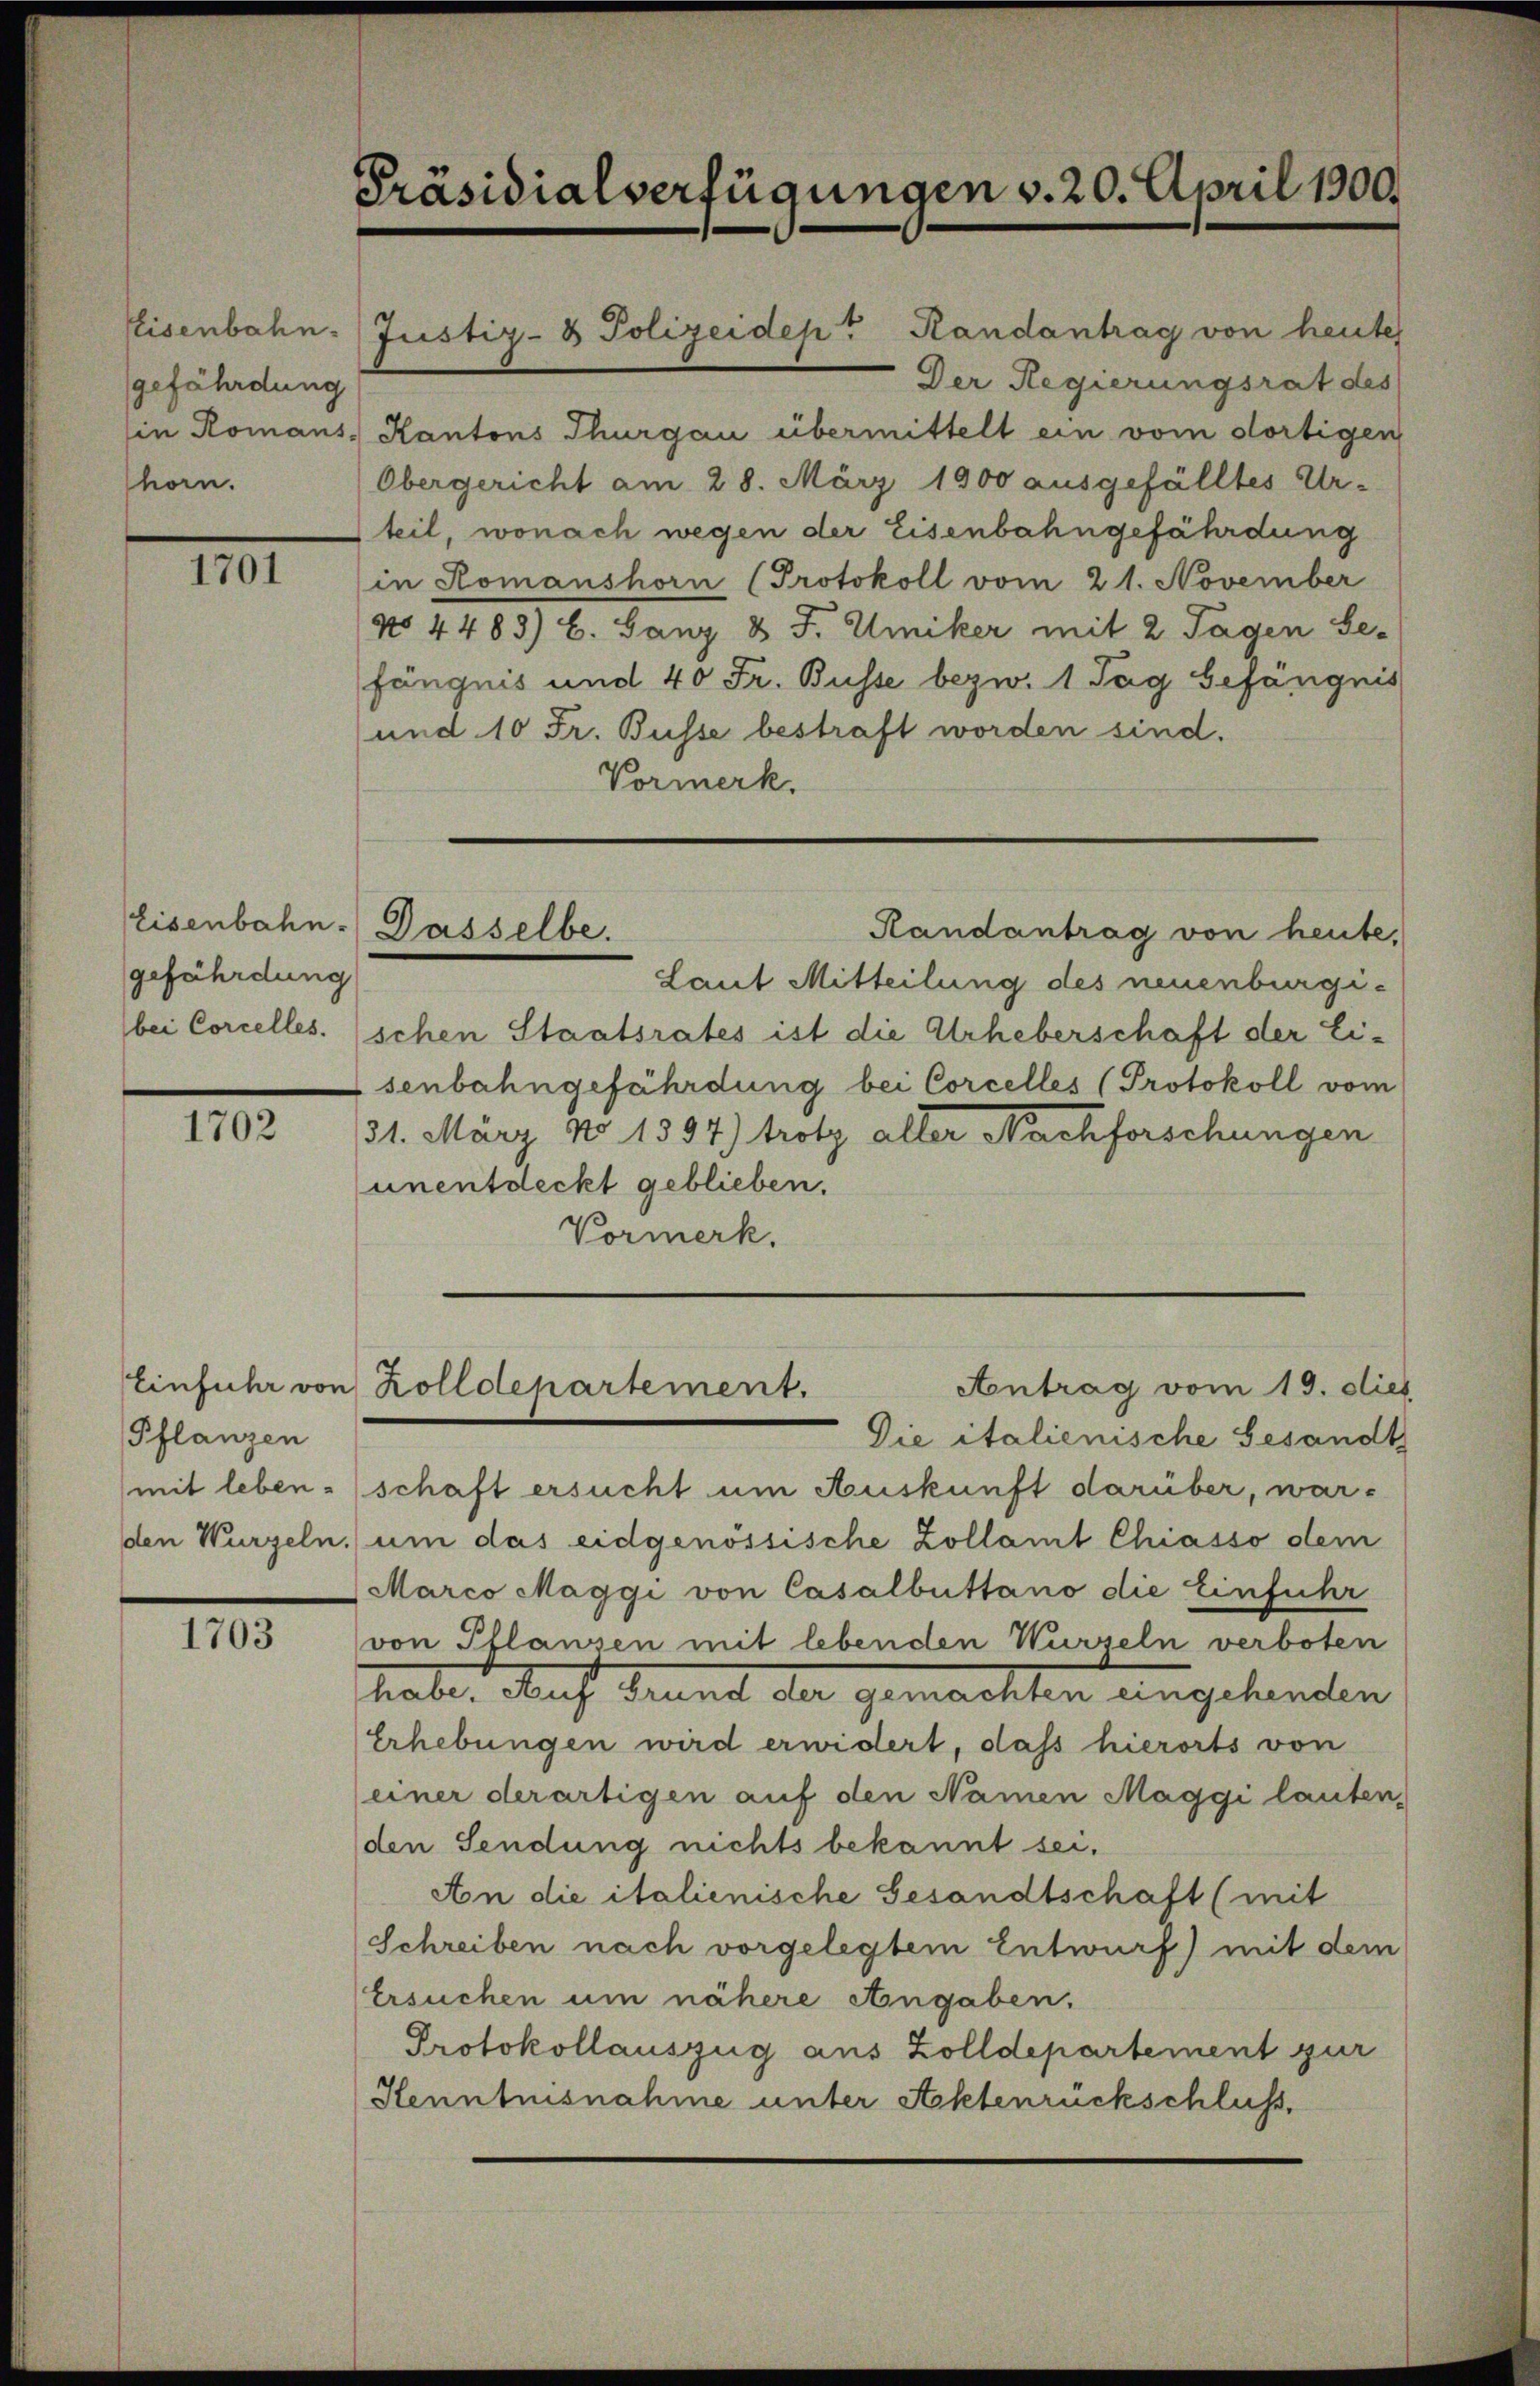
Eisenbahn.
gefährdung
horn.

III.

Eisenbahn.
gefährdung

1702

Pflanzen

1703

Präsidialverfügungen v. 20. April 1900.

Justiz- & Polizeidep" Randantrag von heute
in Romans, Kantons Thurgau übermittelt ein vom dortigen
Obergericht am 28. März 1900 ausgefälltes Ur-
teil, wonach wegen der Eisenbahngefährdung
in Romanshorn (Protokoll vom 21. November
(No 4483) b. Ganz & J. Umiker mit 2 Tagen Se-
fängnis und 40 Fr. Busse bezw. 1 Tag Gefängnis
und 10 Fr. Busse bestraft worden sind.
Vormerk.
Laut Mitteilung des neuenburgibei Corcelles. (schen Staatsrates ist die Urheberschaft der Ei-
senbahngefährdung bei Corcelles (Protokoll vom
31. März No 1397) trotz aller Nachforschungen
unentdeckt geblieben.
Vormerk.
Einfuhr von Zolldepartement.
Antrag vom 19. dies
Die italienische Gesandt
mit lebenschaft ersucht um Auskunft darüber, warden Wurzeln, um das eidgenössische Zollamt Chiasso dem
Marco Maggi von Casalbuttano die Einführ
von Pflanzen mit lebenden Wurzeln verboten
hote. Auf Grund der gemachten angehenden
Erhebungen wird erwidert, dass hierorts von
einer derartigen auf den Namen Maggi lauten-
den Sendung nichts bekannt sei.
An die italienische Gesandtschaft (mit
Schreiben nach vorgelegtem Entwurf) mit dem
Ersuchen um nähere Angaben,
Protokollauszug aus Zolldepartement zur
Kenntnisnahme unter Aktenrückschluß.

Dasselbe.

Der Regierungsrat des

Handantrag von heute,